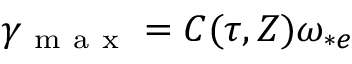
\gamma _ { \mathrm { ~ m ~ a ~ x ~ } } = C ( \tau , Z ) \omega _ { * e }